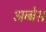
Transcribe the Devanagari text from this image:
अब्बेस